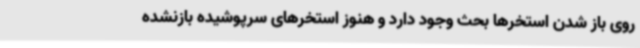
روی باز شدن استخرها بحث وجود دارد و هنوز استخرهای سرپوشیده بازنشده